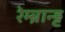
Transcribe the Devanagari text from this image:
रेम्ब्रान्ड्ट